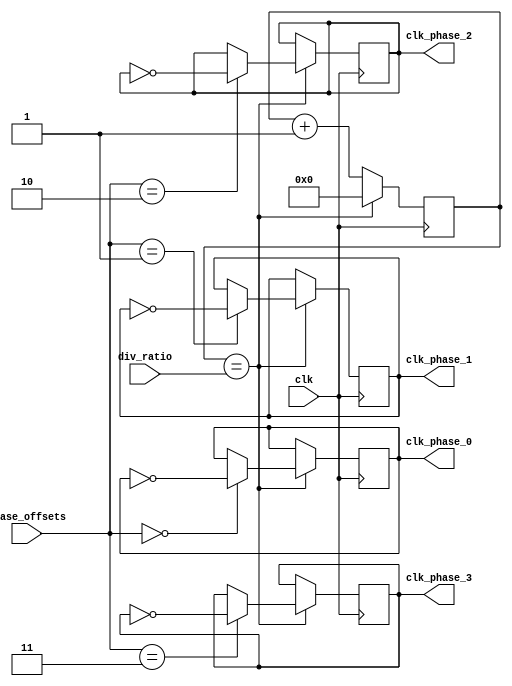
module multi_phase_clock_divider (
    input wire clk,
    input wire [7:0] div_ratio,
    input wire [3:0] phase_offsets,
    output reg clk_phase_0,
    output reg clk_phase_1,
    output reg clk_phase_2,
    output reg clk_phase_3
);

reg [7:0] count;

always @(posedge clk) begin
    count <= count + 1;
    
    if(count == div_ratio) begin
        count <= 0;
        
        if(phase_offsets == 4'd0) begin
            clk_phase_0 <= ~clk_phase_0;
        end
        
		if(phase_offsets == 4'd1) begin
            clk_phase_1 <= ~clk_phase_1;
        end
        
		if(phase_offsets == 4'd2) begin
            clk_phase_2 <= ~clk_phase_2;
        end
        
		if(phase_offsets == 4'd3) begin
            clk_phase_3 <= ~clk_phase_3;
        end
    end
end

endmodule